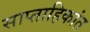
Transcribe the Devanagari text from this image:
साप्ताहिकांत